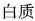
白质